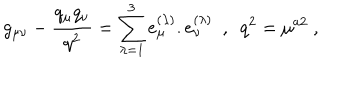
g _ { \mu \nu } - { \frac { q _ { \mu } q _ { \nu } } { q ^ { 2 } } } = \sum _ { \lambda = 1 } ^ { 3 } e _ { \mu } ^ { ( \lambda ) } . e _ { \nu } ^ { ( \lambda ) } ~ ~ , ~ ~ q ^ { 2 } = \mu ^ { a 2 } \ ,